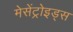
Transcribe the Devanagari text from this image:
मेसेंट्रोइड्स